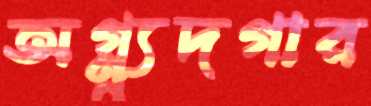
অগ্ন্যুদগার